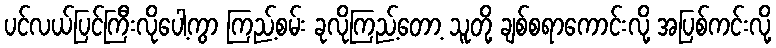
ပင်လယ်ပြင်ကြီးလိုပေါ့ကွာ ကြည့်စမ်း ခုလိုကြည့်တော့ သူတို့ ချစ်စရာကောင်းလို့ အပြစ်ကင်းလို့